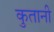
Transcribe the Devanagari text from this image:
कुतानी